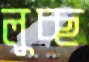
লুচ্ছ